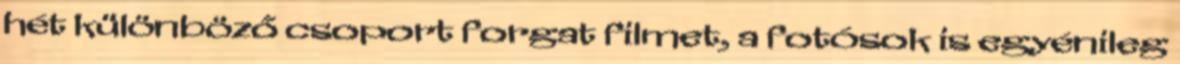
hét különböző csoport forgat filmet, a fotósok is egyénileg